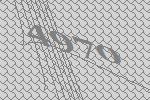
4970